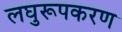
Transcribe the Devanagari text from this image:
लघुरूपकरण